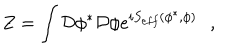
Z = \int { \cal D } \phi ^ { * } { \cal D } \phi e ^ { i S _ { e f f } ( \phi ^ { * } , \phi ) } \, \, \, \, ,